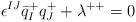
\begin{align*}\epsilon^{IJ}\bar{q}_I^+q_J^++\lambda^{++}=0\end{align*}